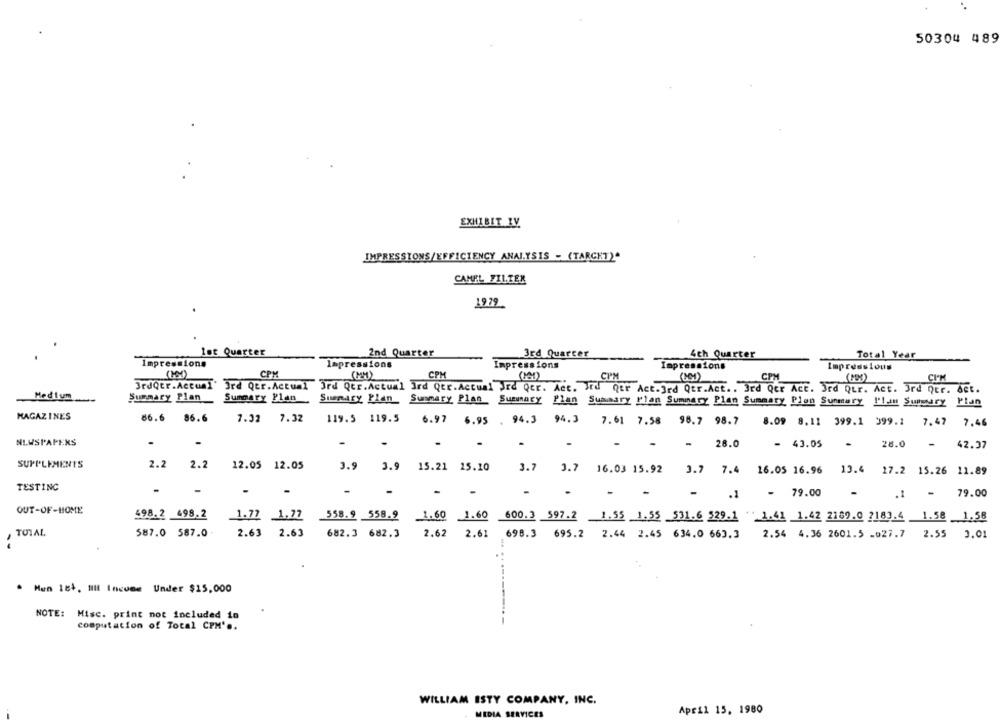
50304 489
EXHIBIT IV
IMPRESSIONS/EFFICIENCY ANALYSIS - (TARGET)"
CAMEL FILTER
19 79
lst Quarter
2nd Quarter
3rd Quarter
4th Quarter
Total Year
Impressions
Impressions
Impressions
Impressions
Impress Ious
CPM
(MM)
CPM
CPM
(MM)
СРМ
CI'M
3rdQtr.Actual' 3rd Qer.Actual 3rd Qtr.Actual Ird Qer.Actual Jrd Qer. Act. Ird Qtr Act.3rd Qtr.Act .. 3rd Qer Act. Ird Qur. Act. Ird QEr. Act.
Medium
Summary Plan
Summary Plan
Summary Plan_ Summary Plan_ Summary Plan Summary Plan Summary Plan Summary Plon Summary I'!in Summary Plan
MAGAZINES
86.6
86.6
7.32
7.32
119.5 119.5
6.97 6.95 . 94.3 94.3
7.61 7.58
98.7 98.7
8.09 8.11 399.1 999.1 7.47 7.46
NEWSPAPERS
.
-
-
-
-
-
- 43.05
28.0
- 28.0
42.37
SUPPLEMENTS
2.2
2.2
12.05 12.05
3.9 3.9
15.21 15.10
3.7
3.7
16.03 15.92
3.7 7.4 16.05 16.96 13.4 17.2 15.26 11.89
TESTING
-
-
-
-
-
-
-
79.00
.1
- 79.00
.1 -
OUT-OF-HOME
498.2 498.2
1.77 1.77
1.77 1.77 558.9 558.9
1.60 1.60 600.3 597.2 1.55 1.55 531.6 529.1 "1.41 1.42 2169.0 2183.4 1.58 1.58
1.60 1.60
TOTAL
587.0 587.0
2.63 2.63
682.3 682.3
2.62 2.61 698.3 695.2 2.44 2.45 634.0 663.3
2.54 4.36 2601.5 .027.7 2.55 3.01
Mun 154, 111 Incoer Under $15,000
NOTE: Misc. print not included in
computation of Total CPM' ..
WILLIAM ISTY COMPANY, INC.
April 15, 1980
. MEDIA SERVICES